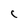
Character: C